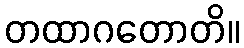
တထာဂတောတိ။